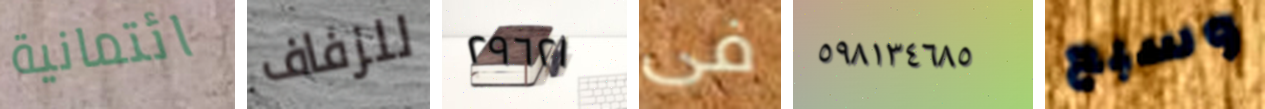
ائتمانية للزفاف ٢٩٦٢١ فى ٥٩٨١٣٤٦٨٥ وسبع